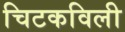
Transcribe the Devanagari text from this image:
चिटकविली